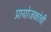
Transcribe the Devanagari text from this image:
प्रायोजकांची